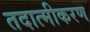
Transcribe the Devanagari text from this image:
तदात्मीकरण